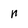
Character: n